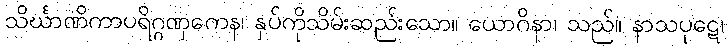
သိင်္ဃာဏိကာပရိဂ္ဂဏှကေန၊ နှပ်ကိုသိမ်းဆည်းသော။ ယောဂိနာ၊ သည်။ နာသပုဋေ၊